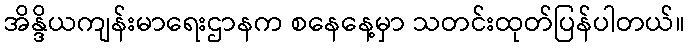
အိန္ဒိယကျန်းမာရေးဌာနက စနေနေ့မှာ သတင်းထုတ်ပြန်ပါတယ်။